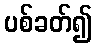
ပစ်ခတ်၍